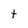
Character: t